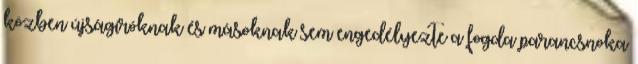
közben újságíróknak és másoknak sem engedélyezte a fogda parancsnoka